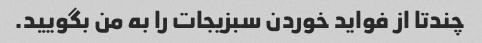
چندتا از فواید خوردن سبزیجات را به من بگویید.